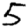
Digit: 5